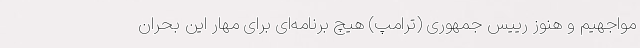
مواجهیم و هنوز رییس جمهوری (ترامپ) هیچ برنامه‌ای برای مهار این بحران